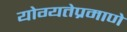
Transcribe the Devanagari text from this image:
योग्यतेप्रमाणे